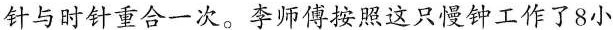
针与时针重合一次。李师傅按照这只慢钟工作了8小